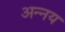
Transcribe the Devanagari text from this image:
अन्‍नय